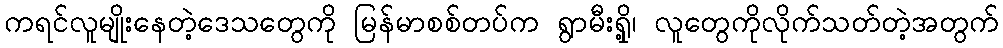
ကရင်လူမျိုးနေတဲ့ဒေသတွေကို မြန်မာစစ်တပ်က ရွာမီးရှို့၊ လူတွေကိုလိုက်သတ်တဲ့အတွက်